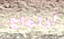
ارتجاج